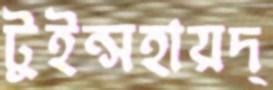
টুইন্সহায়দ্